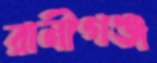
রানীগঞ্জ